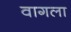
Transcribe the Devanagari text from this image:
वागला